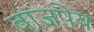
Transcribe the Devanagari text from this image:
बाजपेय